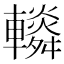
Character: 𨏏